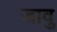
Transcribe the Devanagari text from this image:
जावु